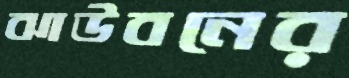
ঝাউবনের